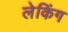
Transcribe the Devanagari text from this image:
लेकिंग